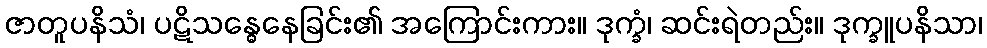
ဇာတူပနိသံ၊ ပဋိသန္ဓေနေခြင်း၏ အကြောင်းကား။ ဒုက္ခံ၊ ဆင်းရဲတည်း။ ဒုက္ခူပနိသာ၊